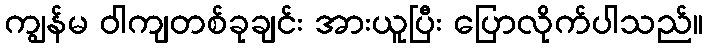
ကျွန်မ ဝါကျတစ်ခုချင်း အားယူပြီး ပြောလိုက်ပါသည်။